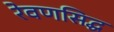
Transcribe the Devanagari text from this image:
रेवणसिद्ध